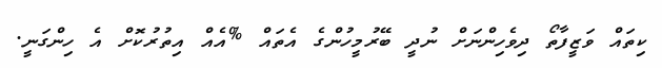
ކިތައް ވަަޒީފާތޯ ދިވެހިންނަށް ނުދީ ބޭރުމީހުންގެ އެތައް %އެއް އިތުރުކޮށް އެ ހިންގަނީ.